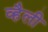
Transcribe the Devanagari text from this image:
व्हैली